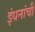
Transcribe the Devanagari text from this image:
इंधनांची